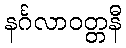
နင်္ဂလာဝတ္တနီ